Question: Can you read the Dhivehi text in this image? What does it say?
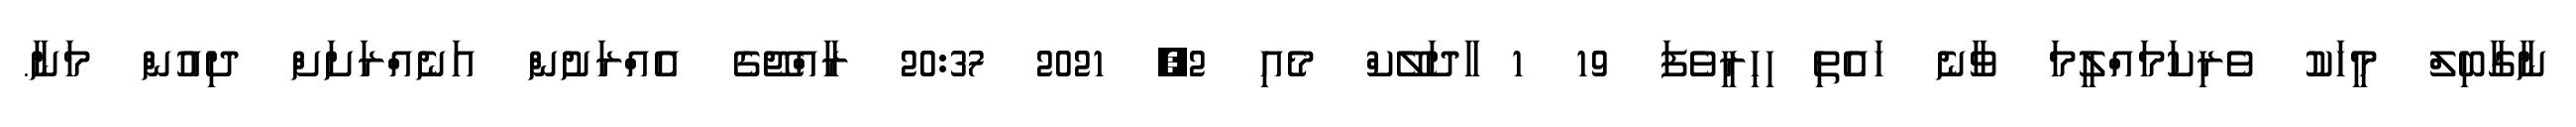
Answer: ނާގާބިލް މީހަކު ވެރިކަމައްލީމަ ވާނެ ހައެތި ިހިރީވެފަ 19 1 ާދަލޭކް މެއި 2, 2021 20:37 ރާއްޖޭގެ އެއްރަށުން އަނެއްރަށަށް ދިއުން މަނާ.